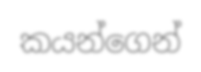
කයන්ගෙන්